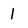
Character: 1